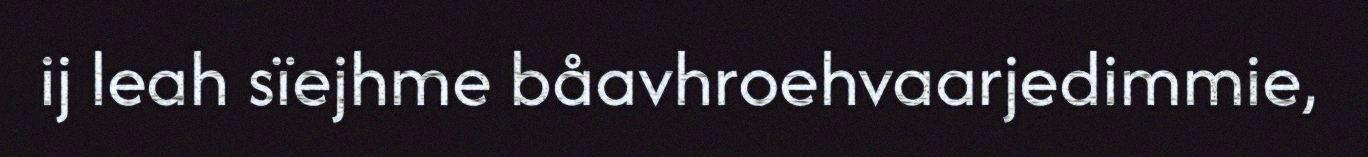
ij leah sïejhme båavhroehvaarjedimmie,